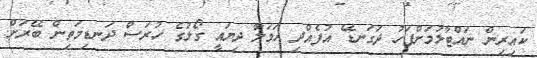
ކައިރިން ނައްޓާލުމަށްފަހު ދަގަނޑޭ އުފެއްދި ހަމަލާ ދިޔައީ ގޯލުގެ ހުރަސް ދަނޑިމަތިން ބޭރަށް.